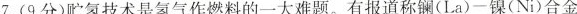
7.(9分)贮氢技术是氢气作燃料的一大难题。有报道称镧(La)一镍(Ni)合金